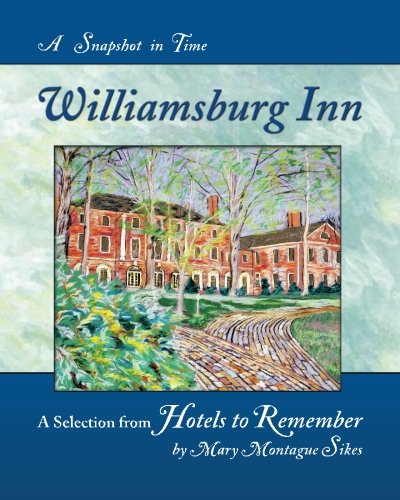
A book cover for Williamsburg Inn: A Snapshot in Time; Mary Montague Sikes; Travel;